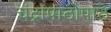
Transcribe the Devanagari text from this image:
चंद्रापाठोपाठ